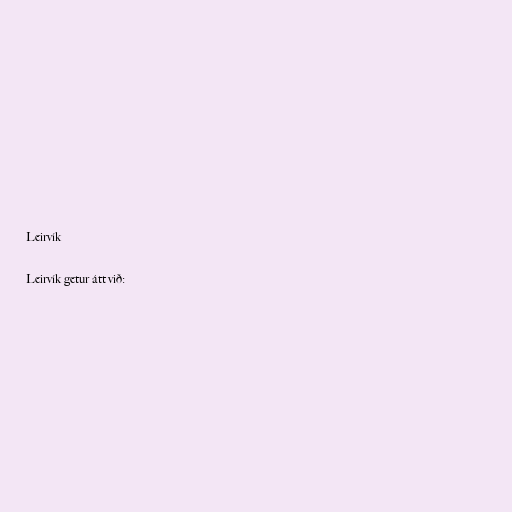
Leirvík

Leirvík getur átt við: